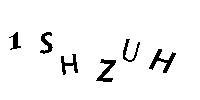
1SHZUH